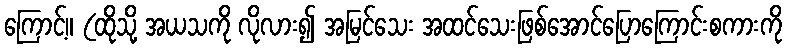
ကြောင့်။ (ထိုသို့ အယသကို လိုလား၍ အမြင်သေး အထင်သေးဖြစ်အောင်ပြောကြောင်းစကားကို